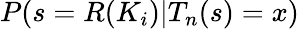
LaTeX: P(s=R(K_{i})|T_{n}(s)=x)